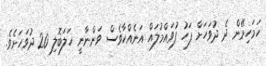
ހަމަހިމޭން ދެ ދުވަހަށް ފަހު ފުވައްމުލައް އަނެއްކާވެސް ވަންނާނީ ހަލަބޮލި 20 ދުވަހަށެވެ.